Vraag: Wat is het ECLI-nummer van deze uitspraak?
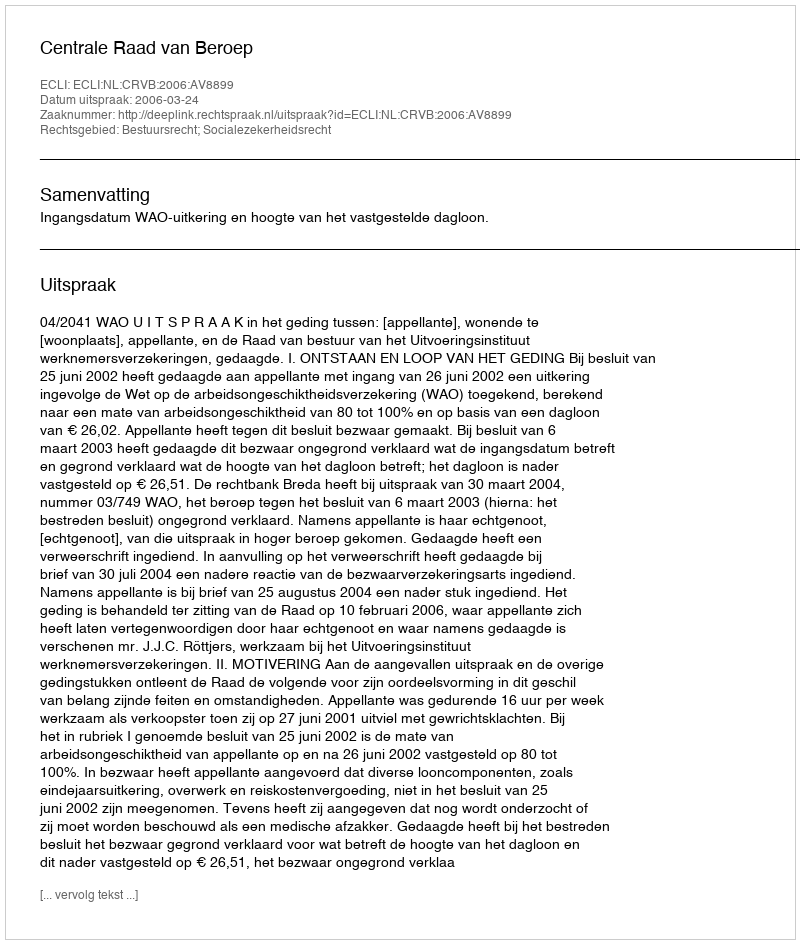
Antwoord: ECLI:NL:CRVB:2006:AV8899